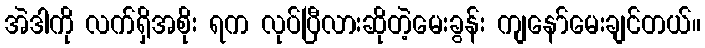
အဲဒါကို လက်ရှိအစိုး ရက လုပ်ပြီလားဆိုတဲ့မေးခွန်း ကျနော်မေးချင်တယ်။